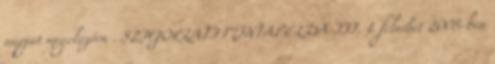
napját megelőzően . SZIGORLATI MINTAPÉLDA III. 1. feladat 2005-ben